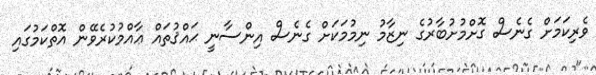
ވެރިކަމަށް ގެނެސް ގޮށްމުށުބާރުގެ ނިޒާމު ނިމުމަކަށް ގެނެސް އިންސާނީ ޙައްޤުތައް ޢާއްމުކުރެވޭން އޮތްކަމުގައި